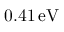
0 . 4 1 \, \mathrm { e V }